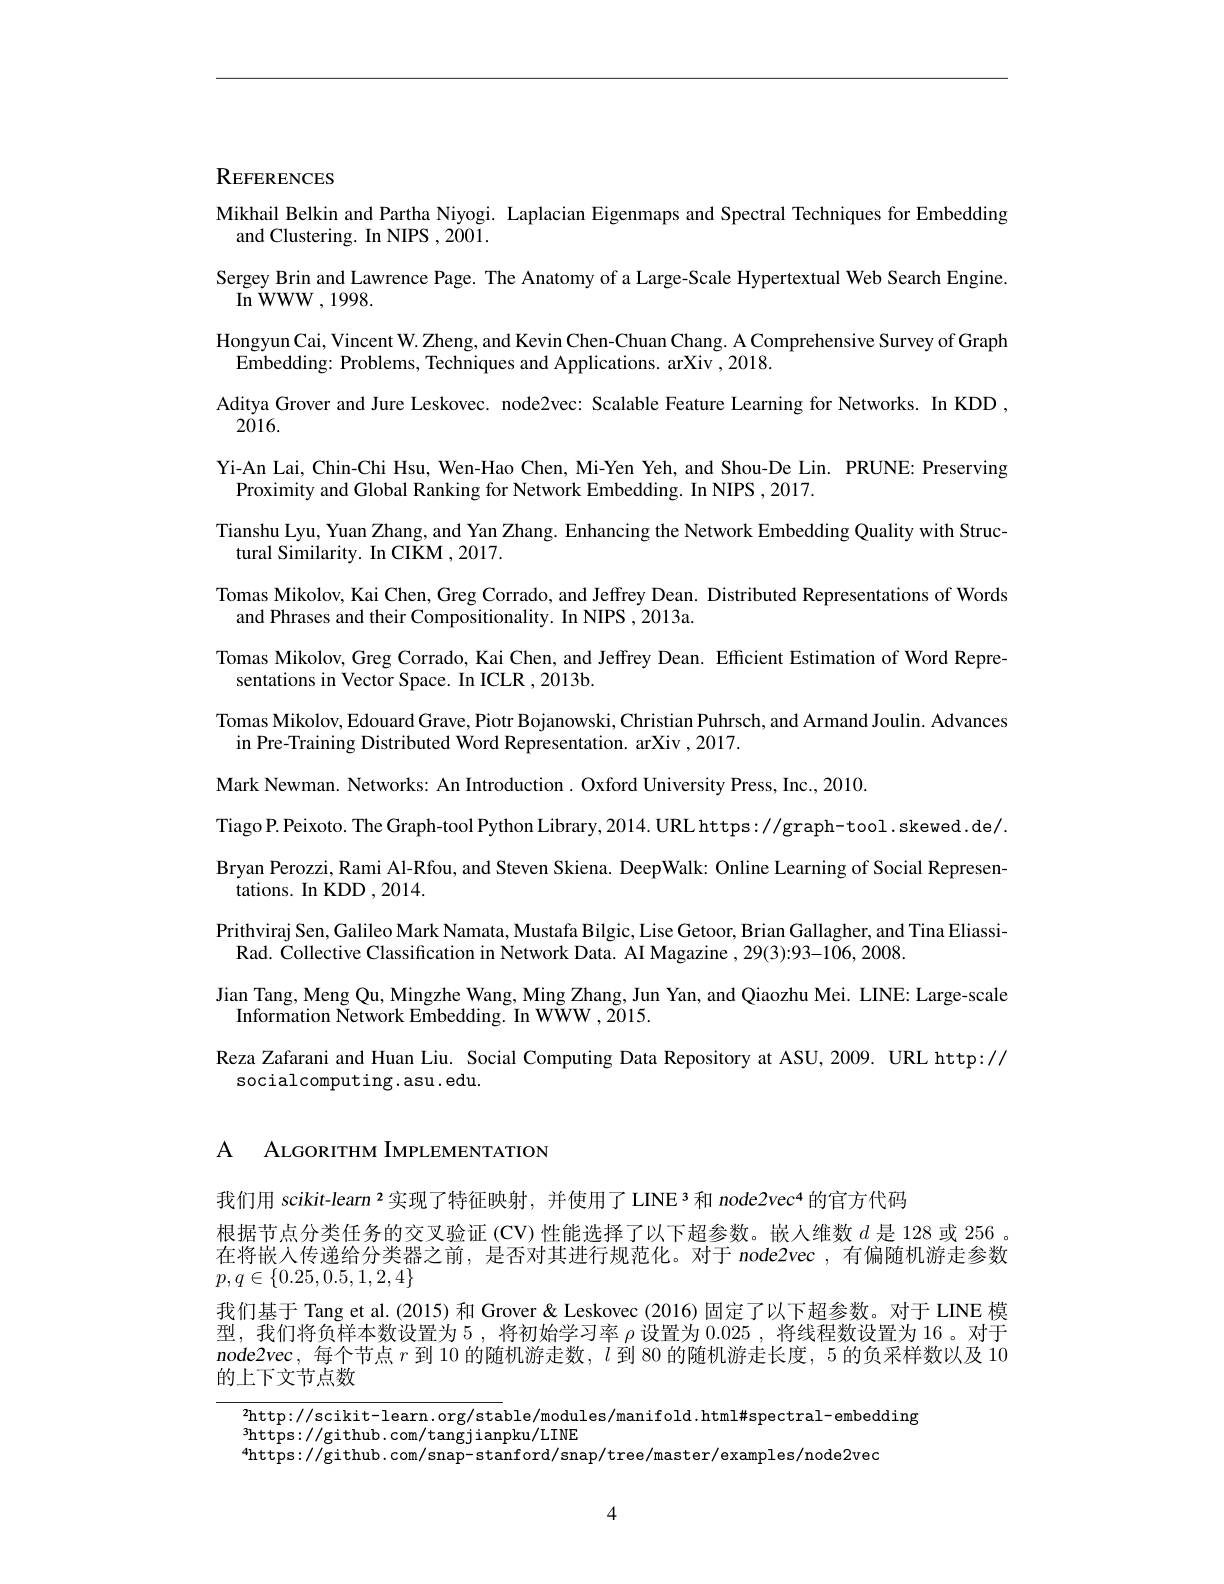
REFERENCES

Mikhail Belkin and Partha Niyogi. Laplacian Eigenmaps and Spectral Techniques for Embedding
and Clustering. In NIPS ,2001.
Sergey Brin and Lawrence Page. The Anatomy of a Large-Scale Hypertextual Web Search Engine.
$\operatorname{In}{\mathrm{WWW}},1998.$
Hongyun Cai, Vincent W. Zheng, and Kevin Chen-Chuan Chang. A Comprehensive Survey of Graph
Embedding: Problems, Techniques and Applications. arXiv ,2018.
Aditya Grover and Jure Leskovec. node2vec: Scalable Feature Learning for Networks. In KDD ,
$2\dot{0}16.$
Yi-An Lai, Chin-Chi Hsu, Wen-Hao Chen, Mi-Yen Yeh, and Shou-De Lin. PRUNE: Preserving
Proximity and Global Ranking for Network Embedding. In NIPS ,2017.
Tianshu Lyu, Yuan Zhang, and Yan Zhang. Enhancing the Network Embedding Quality with Struc-
tural Similarity. In CIKM ,2017.
Tomas Mikolov, Kai Chen, Greg Corrado, and Jeffrey Dean. Distributed Representations of Words
and Phrases and their Compositionality. In NIPS , 2013a.
Tomas Mikolov, Greg Corrado, Kai Chen, and Jeffrey Dean. Efficient Estimation of Word Repre-
sentations in Vector Space. In ICLR ,2013b
Tomas Mikolov, Edouard Grave, Piotr Bojanowski, Christian Puhrsch, and Armand Joulin. Advances
in Pre-Training Distributed Word Representation. arXiv ,2017.
Mark Newman. Networks: An Introduction. Oxford University Press, Inc., 2010.
Tiago P. Peixoto. The Graph-tool Python Library, 2014. URL https: //graph-tool. skewed. de/. Bryan Perozzi, Rami Al-Rfou, and Steven Skiena. DeepWalk: Online Learning of Social Represen-
tations. In KDD ,2014.
Prithviraj Sen, Galileo Mark Namata, Mustafa Bilgic, Lise Getoor, Brian Gallagher, and Tina Eliassi-
Rad. Collective Classification in Network Data. AI Magazine ,29(3):93-106,2008
Jian Tang, Meng Qu, Mingzhe Wang, Ming Zhang, Jun Yan, and Qiaozhu Mei. LINE: Large-scale
Information Network Embedding. In WWW , 2015.
Reza Zafarani and Huan Liu. Social Computing Data Repository at ASU, 2009. URL http://
socialcomputing.asu.edu.

# A ALGORITHM IMPLEMENTATION

我们用 scikit-learn 2 实现了特征映射，并使用了 LINE 3 和$node2vec^{4}$的官方代码
根据节点分类任务的交叉验证(CV)性能选择了以下超参数。嵌人维数$d$是 128 或 256在将嵌人传递给分类器之前，是否对其进行规范化。对于 node2vec ,有偏随机游走参数$p,q\in\{0.25,0.5,1,2,4\}$
我们基于 Tang et al. (2015) 和 Grover & Leskovec (2016) 固定了以下超参数。对于 LINE 模型，我们将负样本数设置为 5 , 将初始学习率$\rho$设置为0.025 ,将线程数设置为 16 。对于node2vec,每个节点$r$到 10 的随机游走数，$l$到 80 的随机游走长度，5 的负采样数以及 10的上下文节点数

2http: / / scikit- learn. org/ stable/ modules/ manifold. html\# spectral- embedding 3http: / / scikit- learn. org/ stable/ modules/ manifold. html\# spectral- embedding
$^{3}$https: / / github. com/ tangjianpku/ LINE
4https: / / github. com/ snap- stanford/ snap/ tree/ master/ examples/ node2vec

4